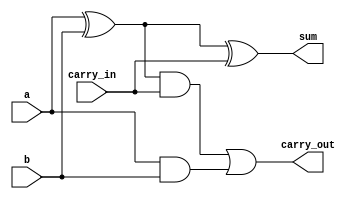
module full_adder_dataflow (a,b,carry_in,sum,carry_out);

input a,b,carry_in;
output sum, carry_out;

wire sum1;
wire and1;
wire and2;


// stage 1
assign sum1 = a^b;
assign and1 = sum1 & carry_in;
assign and2 = a & b;

assign sum = sum1^carry_in;
assign carry_out = and1 | and2;
    
endmodule